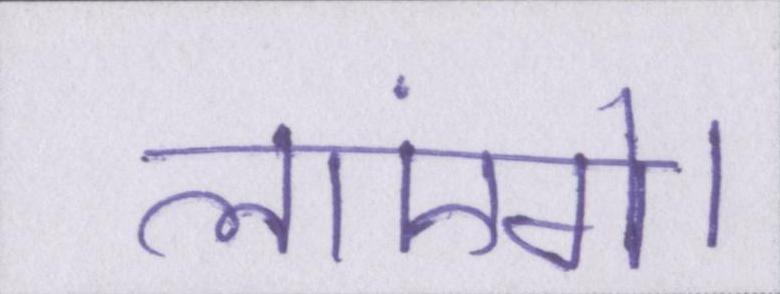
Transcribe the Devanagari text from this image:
लाएंगे।